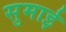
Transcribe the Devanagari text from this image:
सुमाई